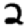
Digit: 2